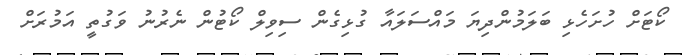
ކޯޓަށް ހުށަހެޅިި ބަލަމުންދިޔަ މައްސަލައާ ގުޅިގެން ސިވިލް ކޯޓުން ނެރުނު ވަގުތީ އަމުރަށް